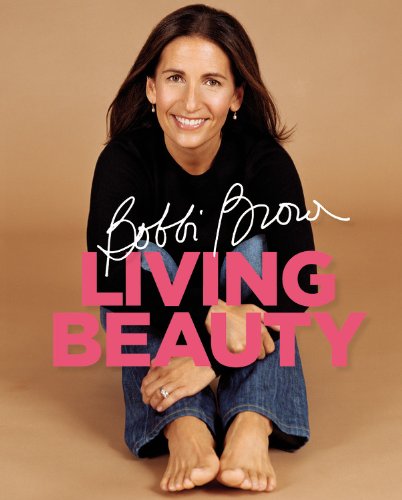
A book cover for Bobbi Brown Living Beauty; Bobbi Brown; Health, Fitness & Dieting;